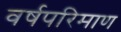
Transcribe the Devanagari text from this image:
वर्षपरिमाण